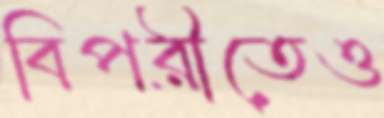
বিপরীতেও